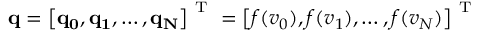
\mathbf { q } = \left[ \bf q _ { 0 } , q _ { 1 } , \hdots , q _ { N } \right] ^ { \mathrm { ~ T ~ } } = \left[ f ( v _ { 0 } ) , f ( v _ { 1 } ) , \hdots , f ( v _ { N } ) \right] ^ { \mathrm { ~ T ~ } }